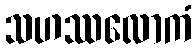
သဟဿလောကံ